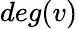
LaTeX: deg(v)